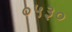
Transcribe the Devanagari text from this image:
०५३०